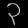
Digit: ၃